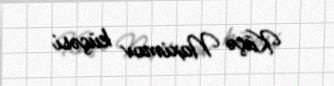
Küçə Naximov küçəsi